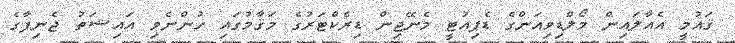
ޤައުމީ އެއާލައިން މޯލްޑިވިއަންގެ ޑެޕިއުޓީ މެނޭޖިން ޑިރެކްޓަރުގެ މަޤާމުގައި ހުންނެވި އައިޝަތު ޖެނިފާގެ